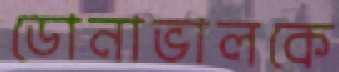
ডোনাভালকে